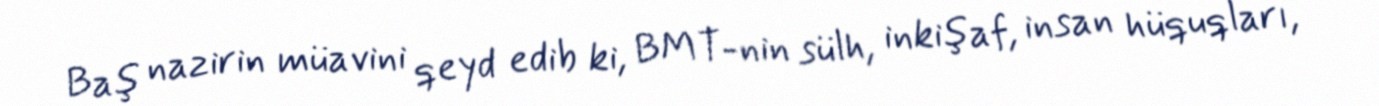
Baş nazirin müavini qeyd edib ki, BMT-nin sülh, inkişaf, insan hüquqları,